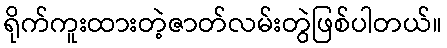
ရိုက်ကူးထားတဲ့ဇာတ်လမ်းတွဲဖြစ်ပါတယ်။